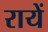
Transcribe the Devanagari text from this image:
रायें